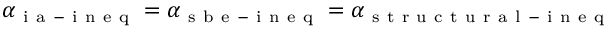
\alpha _ { \mathrm { ~ i ~ a ~ - ~ i ~ n ~ e ~ q ~ } } = \alpha _ { \mathrm { ~ s ~ b ~ e ~ - ~ i ~ n ~ e ~ q ~ } } = \alpha _ { \mathrm { ~ s ~ t ~ r ~ u ~ c ~ t ~ u ~ r ~ a ~ l ~ - ~ i ~ n ~ e ~ q ~ } }